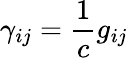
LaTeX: \gamma_{ij}=\frac{1}{c}g_{ij}